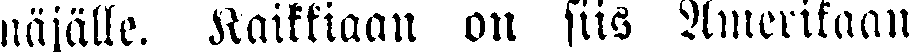
näjälle. Kaikkiaan on siis Amerikaan